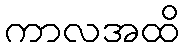
ကာလအထိ